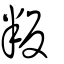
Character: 叛